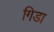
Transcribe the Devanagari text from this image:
गिडा